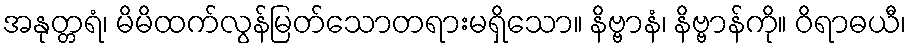
အနုတ္တရံ၊ မိမိထက်လွန်မြတ်သောတရားမရှိသော။ နိဗ္ဗာနံ၊ နိဗ္ဗာန်ကို။ ဝိရာဓယီ၊